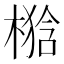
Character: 𣘉